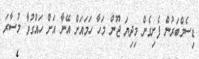
ޑިސެމްބަރުން ފެށިގެން މިދިޔަ ޖޫން މަހާ ހަމައަށް އޭނާ އަށް ހައްގުވާ މުސާރަ